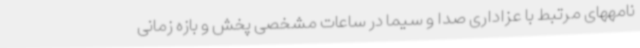
نامههای مرتبط با عزاداری صدا و سیما در ساعات مشخصی پخش و بازه زمانی